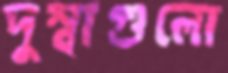
দুম্বাগুলো